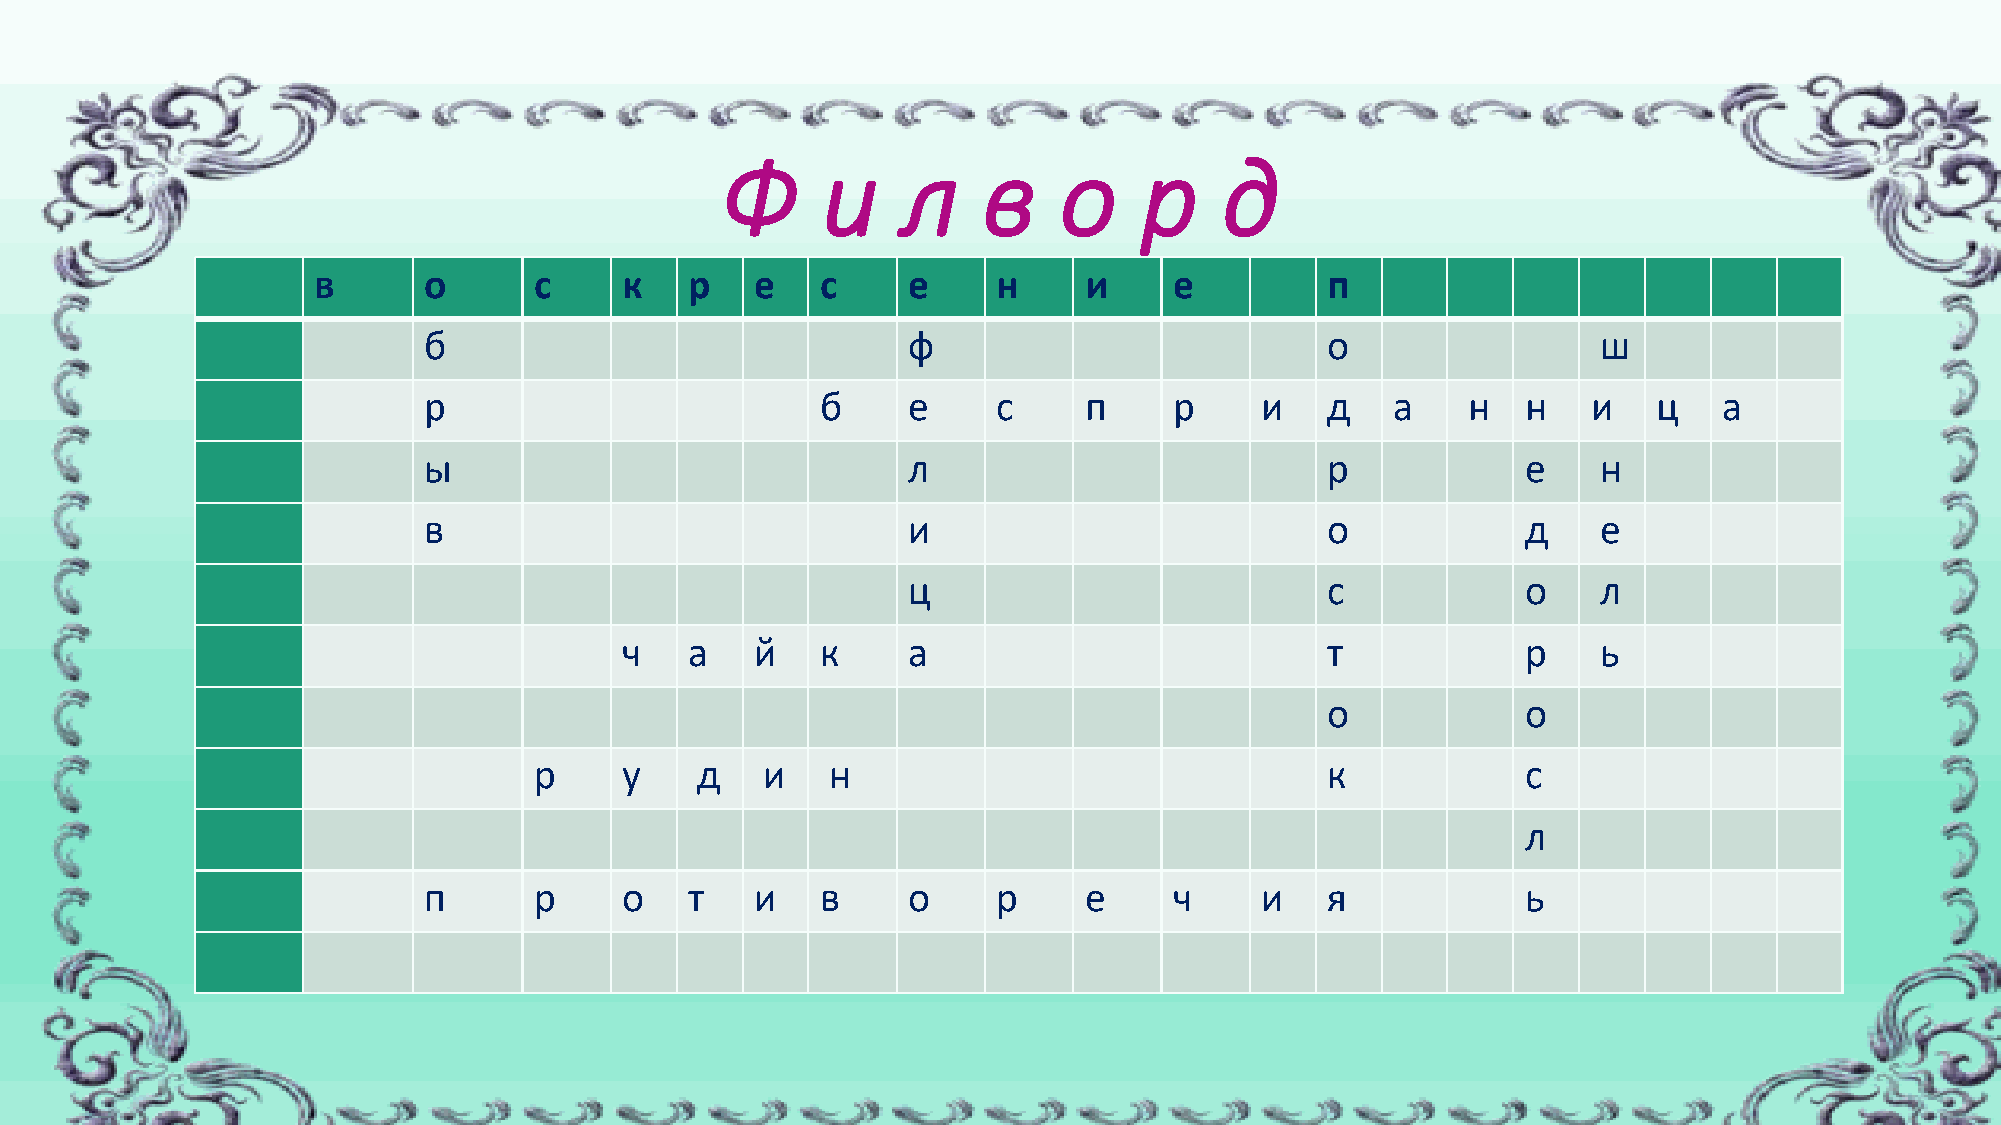
Ф     и     л    в    о     р    д
 в      о      с     к    р   е   с     е     н     и     е         п
 б                               ф                           о                 ш
 р                         б     е     с     п     р    и    д   а    н   н   и    ц   а
 ы                               л                           р            е    н
 в                               и                           о            д    е
 ц                           с            о    л
 ч    а   й   к     а                           т            р    ь
 о            о
 р     у    д    и   н                                к            с
 л
 п      р     о    т   и   в     о     р     е     ч    и    я            ь